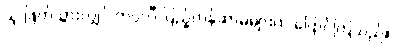
သူ ဖြတ်သွားလျှင် ကပ္ပလီ ပြည့်တန်ဆာမများက ပြောင်ကြသည်။